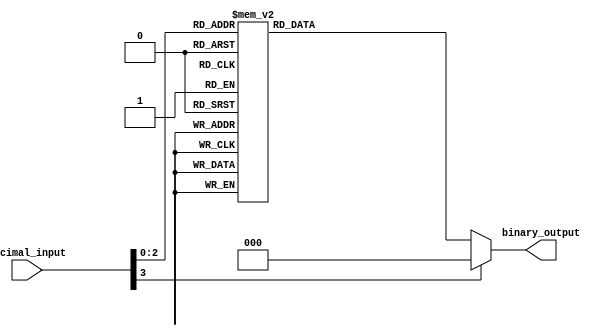
module priority_encoder(
    input [3:0] decimal_input,
    output reg [2:0] binary_output
);

always @(decimal_input) begin
    case(decimal_input)
        0: binary_output = 3'b000;
        1: binary_output = 3'b001;
        2: binary_output = 3'b010;
        3: binary_output = 3'b011;
        4: binary_output = 3'b100;
        5: binary_output = 3'b101;
        6: binary_output = 3'b110;
        7: binary_output = 3'b111;
        default: binary_output = 3'b000;
    endcase
end

endmodule